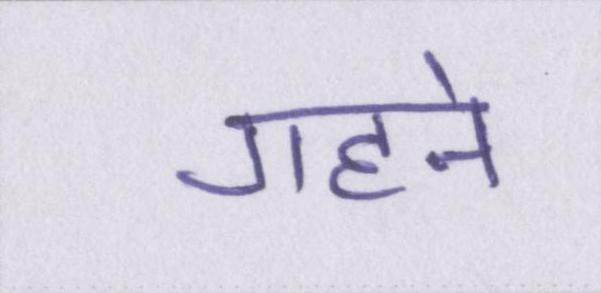
गहने